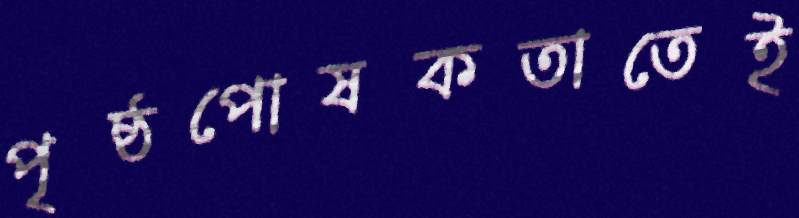
পৃষ্ঠপোষকতাতেই